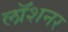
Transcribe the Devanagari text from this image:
लॉशनर